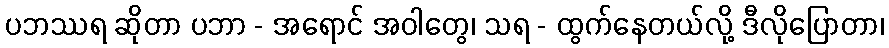
ပဘဿရ ဆိုတာ ပဘာ - အရောင် အဝါတွေ၊ သရ - ထွက်နေတယ်လို့ ဒီလိုပြောတာ၊